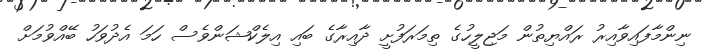
ނިންމާފައިވާއިރު ރައްޔިތުން މަޖިލީހުގެ ތިމަރަފުށީ ދާއިރާގެ ބައި އިލެކްޝަންވެސް ހަމަ އެދުވަހު ބޭއްވުމަށް